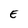
Character: E